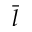
\bar { l }